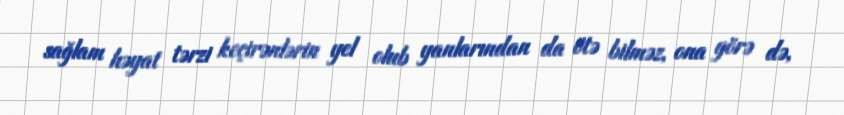
sağlam həyat tərzi keçirənlərin yel olub yanlarından da ötə bilməz, ona görə də,